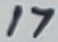
Text: 17